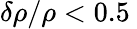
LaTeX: \delta\rho/\rho<0.5\